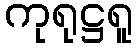
ကုရုဋ္ဌရူ